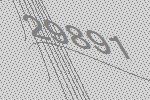
29891